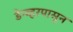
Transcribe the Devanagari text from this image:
डेन्व्हरपासून